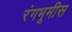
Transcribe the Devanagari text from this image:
रंगभूमीस